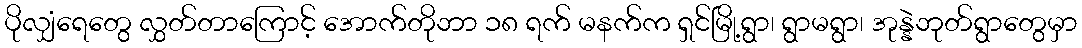
ပိုလျှံရေတွေ လွှတ်တာကြောင့် အောက်တိုဘာ ၁၈ ရက် မနက်က ရှင်မြို့ရွာ၊ ရွာမရွာ၊ အုန္နဲဘုတ်ရွာတွေမှာ